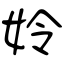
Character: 姈